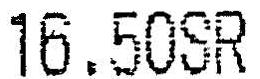
16.50SR